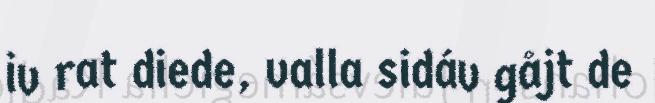
iv rat diede, valla sidáv gåjt de